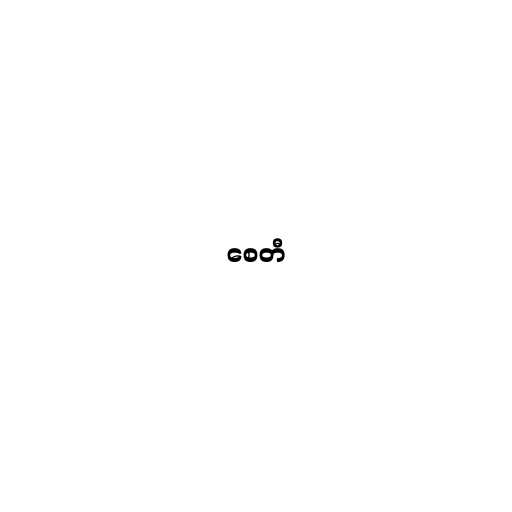
စေတီ